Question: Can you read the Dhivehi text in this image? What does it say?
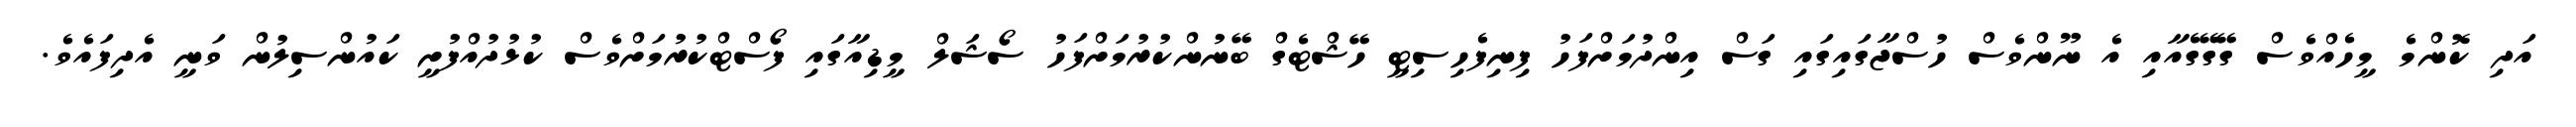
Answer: އަދި ކޮންމެ މީހެއްވެސް ގޭގޭގެއާއި އެ ނޫންވެސް ހުސްޖާގައިގައި ގަސް އިންދުމަށްފަހު ފިނިފެހިސިޓީ ހޭޝްޓެގް ބޭނުންކުރުމަށްފަހު ސޯޝަލް މީޑިއާގައި ފޯސްޓްކުރުމަށްވެސް ކުޅުދުއްފުށީ ކައުންސިލުން ވަނީ އެދިފައެވެ.